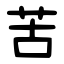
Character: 苦